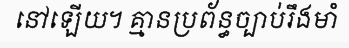
នៅឡើយ។ គ្មានប្រព័ន្ធច្បាប់រឹងមាំ